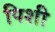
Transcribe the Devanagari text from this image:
पिशी